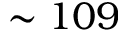
\sim 1 0 9